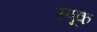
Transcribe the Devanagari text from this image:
स्पूक